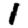
Digit: 1